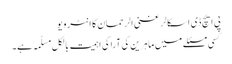
پی ایچ ڈی اسکالر غنی الرحمان کا انٹرویو
کسی مسئلے میں ماہرین کی آرا کی اہمیت بالکل مسلّمہ ہے۔